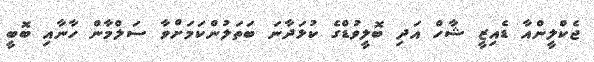
ޖެކްލީންއާ ޑެއިޒީ ޝާހް އަދި ބޮލީވުޑްގެ ކުޅަދާނަ ބަތަލުންކަމަށްވާ ސަލްމާން ހާނާއި ބޮބީ